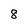
Character: 8